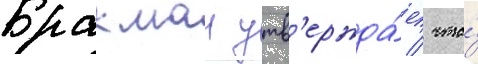
Бракман утв'ержда́ет / что́